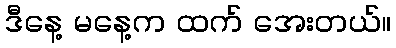
ဒီနေ့ မနေ့က ထက် အေးတယ်။